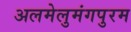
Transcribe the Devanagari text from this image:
अलमेलुमंगपुरम